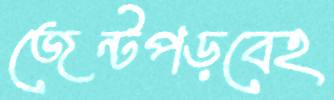
জেন্টপড়বেহ